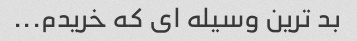
بد ترین وسیله ای که خریدم...